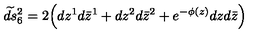
\widetilde { d s } { } _ { 6 } ^ { 2 } = 2 \Bigl ( d z ^ { 1 } d \bar { z } ^ { 1 } + d z ^ { 2 } d \bar { z } ^ { 2 } + e ^ { - \phi ( z ) } d z d \bar { z } \Bigr ) \